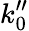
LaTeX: k_{0}^{\prime\prime}